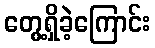
တွေ့ရှိခဲ့ကြောင်း